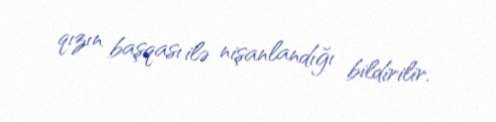
qızın başqası ilə nişanlandığı bildirilir.